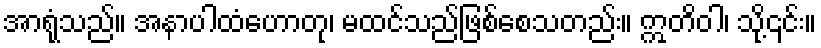
အာရုံသည်။ အနာပါထံဟောတု၊ မထင်သည်ဖြစ်စေသတည်း။ ဣတိဝါ၊ သို့၎င်း။